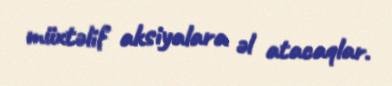
müxtəlif aksiyalara əl atacaqlar.